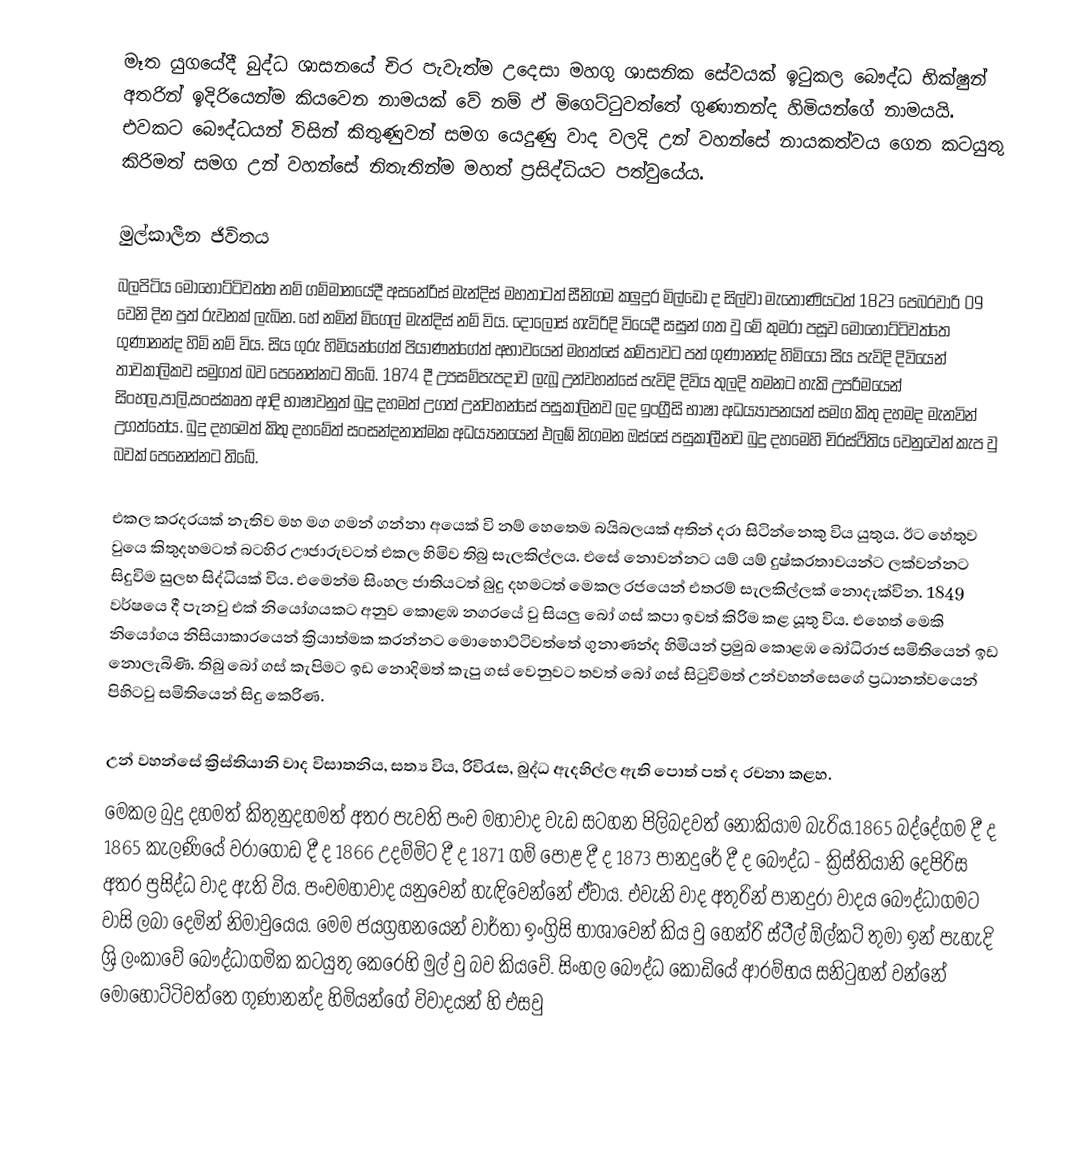
මෑත යුගයේදී බුද්ධ ශාසනයේ චිර පැවැත්ම උදෙසා මහගු ශාසනික සේවයක් ඉටුකල බෞද්ධ භික්ෂුන් අතරින් ඉදිරියෙන්ම කියවෙන නාමයක් වේ නම් ඵ් මිගෙට්ටුවත්තේ ගුණානන්ද හිමියන්ගේ නාමයයි. එවකට බෞද්ධයන් විසින් කිතුණුවන් සමග යෙදුණු වාද වලදි උන් වහන්සේ නායකත්වය ගෙන කටයුතු කිරිමත් සමග උන් වහන්සේ නිතැතින්ම මහත් ප්‍රසිද්ධියට පත්වුයේය.

මුල්කාලීන ජිවිතය
බලපිටිය මොහොට්ටිවත්ත නම් ගම්මානයේදී අසනේරිස් මැන්දිස් මහතාටත් සීනිගම කලුදුර මිල්ඩෝ ද සිල්වා මැතොණියටත් 1823 පෙබරවාරි 09 වෙනි දින පුත්‍ රුවනක් ලැබින. හේ නමින් මිගෙල් මැන්දිස් නම් විය. දොලොස් හැවිරිදි වියෙදී සසුන් ගත වු මේ කුමරා පසූව මොහොට්ටිවත්තෙ ගුණානන්ද හිමි නම් විය. සිය ගුරු හිමියන්ගේත් පියාණන්ගේත් අභාවයෙන් මහත්සේ කම්පාවට පත් ගුණානන්ද හිමියො සිය පැවිදි දිවියෙන් තාවකාලිකව සමුගත් බව පෙනෙන්නට තිබේ.  1874 දී උපසම්පැපදාව ලැබූ උන්වහන්සේ පැවිදි දිවිය තුලදි තමනට හැකි උපරිමයෙන් සිංහල,පාලි,සංස්කෘත ආදි භාෂාවනුත් බුදු දහමත් උගත් උන්වහන්සේ පසුකාලිනව ලද ඉංග්‍රීසි  භාෂා අධය්‍යාපනයත් සමග කිතු දහමද මැනවින් උගත්තේය. බුදු දහමෙත් කිතු දහමේත් සංසන්දනාත්මක අධය්‍යනයෙන් එලඹ් නිගමන ඔස්සේ පසුකාලීනව බුදු දහමෙහි චිරස්ථිතිය වෙනුවෙන් කැප වු බවක් පෙනෙන්නට තිබේ.

එකල කරදරයක් නැතිව මහ මග ගමන් ගන්නා අයෙක් වි නම් හෙතෙම බයිබලයක් අතින් දරා සිටින්නෙකු විය යුතුය. ඊට හේතුව වුයෙ කිතුදහමටත්  බටහිර ඌජාරුවටත් එකල හිමිව තිබු සැලකිල්ලය. එසේ නොවන්නට යම් ‍යම් දුෂ්කරතාවයන්ට ලක්වන්නට සිදුවිම සුලභ සිද්ධියක් විය. එමෙන්ම සිංහල ජාතියටත් බුදු දහමටත් මෙකල රජයෙන් එතරම් සැලකිල්ලක් නොදැක්වින. 1849 වර්ෂයෙ දී පැනවු එක් නියෝගයකට අනුව කොළඹ නගරයේ වු සියලු බෝ ගස් කපා ඉවත් කිරිම කළ යූතු විය. එහෙත් මෙකි නියෝගය නිසියාකාරයෙන් ක්‍රියාත්මක කරන්නට මොහොට්ටිවත්තේ ගුනාණන්ද හිමියන් ප්‍රමුඛ කොළඹ බෝධිරාජ සමිති‍යෙන් ඉඩ නොලැබිණි. තිබු බෝ ගස් කැපිමට ඉඩ නොදිමත් කැපු ගස් වෙනුවට තවත් බෝ ගස් සිටුවිමත් උන්වහන්සෙගේ ප්‍රධානත්වයෙන් පිහිටවු සමිතියෙන් සිදු කෙරිණ.

උන් වහන්සේ ක්‍රිස්තියානි වාද විසාතනිය, සත්‍ය විය, රිවිරැස, බුද්ධ ඇදහිල්ල ඇති පොත් පත් ද රචනා කළහ.
මෙකල බුදු දහමත් කිතුනුදහමත් අතර පැවති පංච මහාවාද වැඩ සටහන පිලිබදවත් නොකියාම බැරිය.1865 බද්දේගම දී ද 1865 කැලණියේ වරාගොඩ දී ද 1866 උදම්මිට දී ද 1871 ගම් පොළ දී ද 1873 පානදුරේ දී ද බෞද්ධ - ක්‍රිස්තියානි දෙපිරිස අතර ප්‍රසිද්ධ වාද ඇති විය. පංචමහාවාද යනුවෙන් හැඳිවෙන්නේ ඒවාය. එවැනි වාද අතුරින් පානදුරා වාදය බෞද්ධාගමට වාසි ලබා දෙමින් නිමාවු‍යෙය. මෙම ජයග්‍රහනයෙන් වාර්තා ඉංග්‍රිසි භාශාවෙන් කිය වු හෙන්රි ස්ටීල් ඕල්කට්  තුමා ඉන් පැහැදි ශ්‍රි ලංකාවේ බෞද්ධාගමික කටයුතු කෙරෙහි මුල් වු බව කියවේ. සිංහල බෞද්ධ කොඩියේ ආරම්භය සනිටුහන් වන්නේ මොහොට්ටිවත්තෙ ගුණානන්ද හිමියන්ගේ විවාදයන් හි එසවු